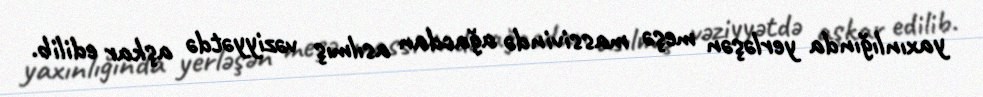
yaxınlığında yerləşən meşə massivində ağacdan asılmış vəziyyətdə aşkar edilib.